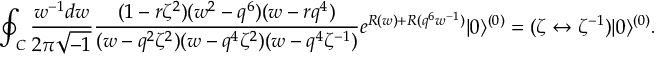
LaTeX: \oint _ { C } \frac { w ^ { - 1 } d w } { 2 \pi \sqrt { - 1 } } \frac { ( 1 - r \zeta ^ { 2 } ) ( w ^ { 2 } - q ^ { 6 } ) ( w - r q ^ { 4 } ) } { ( w - q ^ { 2 } \zeta ^ { 2 } ) ( w - q ^ { 4 } \zeta ^ { 2 } ) ( w - q ^ { 4 } \zeta ^ { - 1 } ) } e ^ { R ( w ) + R ( q ^ { 6 } w ^ { - 1 } ) } | 0 \rangle ^ { ( 0 ) } = ( \zeta \leftrightarrow \zeta ^ { - 1 } ) | 0 \rangle ^ { ( 0 ) } .